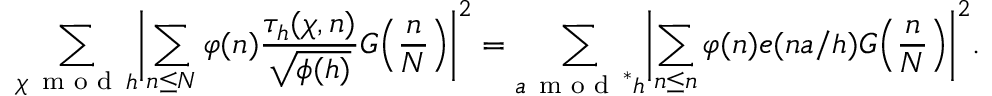
\sum _ { \chi \mathbin { \, \textrm { m o d } \, } h } \biggl | \sum _ { n \le N } \varphi ( n ) \frac { \tau _ { h } ( \chi , n ) } { \sqrt { \phi ( h ) } } G \Bigl ( \frac { n } { N } \Bigr ) \biggr | ^ { 2 } = \sum _ { a \mathbin { \, \textrm { m o d } \, } ^ { * } h } \biggl | \sum _ { n \le n } \varphi ( n ) e ( n a / h ) G \Bigl ( \frac { n } { N } \Bigr ) \biggr | ^ { 2 } .